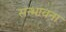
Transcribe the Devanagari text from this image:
सन्भावना